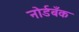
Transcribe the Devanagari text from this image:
नोर्डबँक